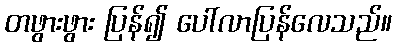
တဖွားဖွား ပြန်၍ ပေါ်လာပြန်လေသည်။